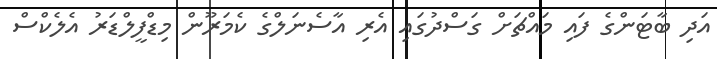
އަދި ބާޓަންގެ ފައި މައްޗަށް ގަސްދުގައި އެރި އާސެނަލްގެ ކެމަރޫން މިޑްފީލްޑަރު އެލެކްސް